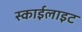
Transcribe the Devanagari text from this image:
स्‍काईलाइट